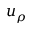
u _ { \rho }